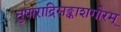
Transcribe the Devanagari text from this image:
तुषाराद्रिसङ्काशगौरम्